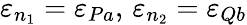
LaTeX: \varepsilon_{n_{1}}=\varepsilon_{Pa},\, \varepsilon_{n_{2}}=\varepsilon_{Qb}